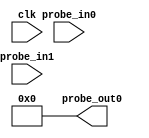
// (c) Copyright 1995-2013 Xilinx, Inc. All rights reserved.
//
// This file contains confidential and proprietary information
// of Xilinx, Inc. and is protected under U.S. and
// international copyright and other intellectual property
// laws.
//
// DISCLAIMER
// This disclaimer is not a license and does not grant any
// rights to the materials distributed herewith. Except as
// otherwise provided in a valid license issued to you by
// Xilinx, and to the maximum extent permitted by applicable
// law: (1) THESE MATERIALS ARE MADE AVAILABLE "AS IS" AND
// WITH ALL FAULTS, AND XILINX HEREBY DISCLAIMS ALL WARRANTIES
// AND CONDITIONS, EXPRESS, IMPLIED, OR STATUTORY, INCLUDING
// BUT NOT LIMITED TO WARRANTIES OF MERCHANTABILITY, NON-
// INFRINGEMENT, OR FITNESS FOR ANY PARTICULAR PURPOSE; and
// (2) Xilinx shall not be liable (whether in contract or tort,
// including negligence, or under any other theory of
// liability) for any loss or damage of any kind or nature
// related to, arising under or in connection with these
// materials, including for any direct, or any indirect,
// special, incidental, or consequential loss or damage
// (including loss of data, profits, goodwill, or any type of
// loss or damage suffered as a result of any action brought
// by a third party) even if such damage or loss was
// reasonably foreseeable or Xilinx had been advised of the
// possibility of the same.
//
// CRITICAL APPLICATIONS
// Xilinx products are not designed or intended to be fail-
// safe, or for use in any application requiring fail-safe
// performance, such as life-support or safety devices or
// systems, Class III medical devices, nuclear facilities,
// applications related to the deployment of airbags, or any
// other applications that could lead to death, personal
// injury, or severe property or environmental damage
// (individually and collectively, "Critical
// Applications"). Customer assumes the sole risk and
// liability of any use of Xilinx products in Critical
// Applications, subject only to applicable laws and
// regulations governing limitations on product liability.
//
// THIS COPYRIGHT NOTICE AND DISCLAIMER MUST BE RETAINED AS
// PART OF THIS FILE AT ALL TIMES.
//
// DO NOT MODIFY THIS FILE.
`timescale 1ns / 1ps
module vio_0 (
clk,
probe_in0,probe_in1,
probe_out0
);

input clk;
input [31 : 0] probe_in0;
input [31 : 0] probe_in1;

output reg [31 : 0] probe_out0 = 'h00000000 ;


endmodule